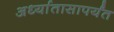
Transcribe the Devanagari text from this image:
अर्ध्यातासापर्यंत